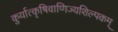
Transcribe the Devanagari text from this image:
कुर्यात्कृषिवाणिज्यशिल्पकम्